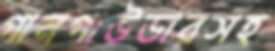
গানপাউডারসহ